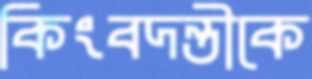
কিংবদন্তীকে